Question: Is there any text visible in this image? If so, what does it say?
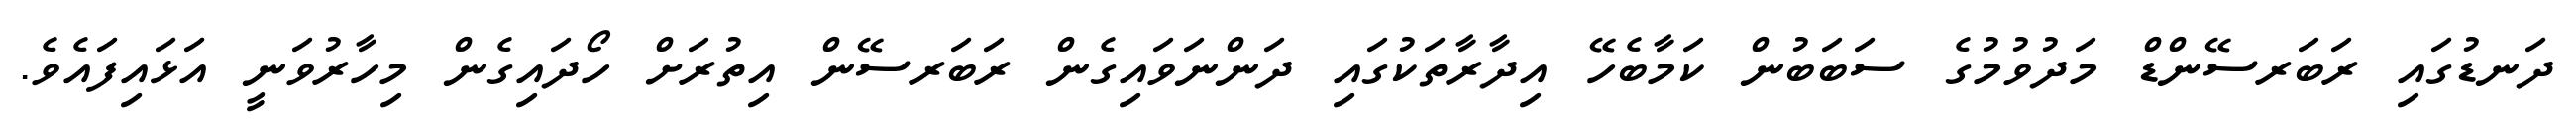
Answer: ދަނޑުގައި ރަބަރސޭންޑް މަދުވުމުގެ ސަބަބުން ކަމާބެހޭ އިދާރާތަކުގައި ދަންނަވައިގެން ރަބަރސޭން އިތުރަށް ހޯދައިގެން މިހާރުވަނީ އަޅައިފައެވެ.